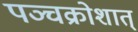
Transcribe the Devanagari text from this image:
पञ्चक्रोशात्